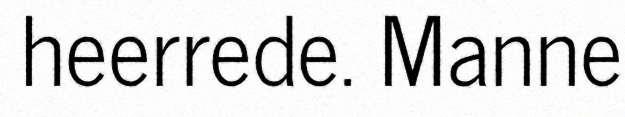
heerrede. Manne